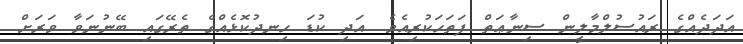
އަދަދެއްގެ ރައުސުލްމާލީން ސިނާޢަތް ފަތަހަކުރިއެވެ. އަދި ކުޑަ ހިނދުކޮޅެއްގެ ތެރޭގައި ބޭނުނަވާ ވަރަށް